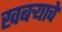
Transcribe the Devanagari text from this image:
खबर्‍याचे